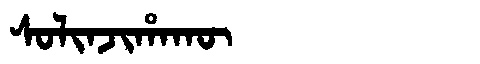
Manchu: ᠰᠣᠯᡳᠨᠵᡳᡥᠠᡴᡡ
Romanization: SOLINJIHAKŪ